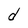
Character: d